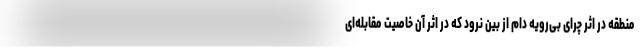
منطقه در اثر چرای بی‌رویه دام از بین نرود که در اثر آن خاصیت مقابله‌ای